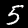
Label: 5